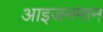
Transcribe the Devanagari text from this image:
आइजनमान